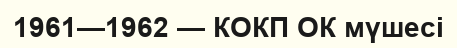
1961—1962 — КОКП ОК мүшесі